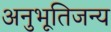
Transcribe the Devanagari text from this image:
अनुभूतिजन्य